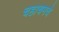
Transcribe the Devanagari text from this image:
चहाचमचे